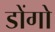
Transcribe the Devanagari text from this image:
डोंगो